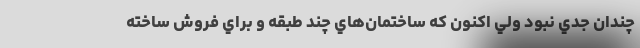
چندان جدي نبود ولي اكنون كه ساختمان‌هاي چند طبقه و براي فروش ساخته